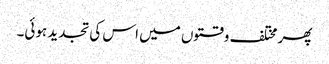
پھر مختلف وقتوں میں اس کی تجدید ہوئی۔